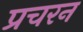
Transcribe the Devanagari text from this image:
प्रचरन